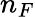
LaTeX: n_{F}